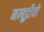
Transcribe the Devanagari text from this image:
नम्बूद्रीयों